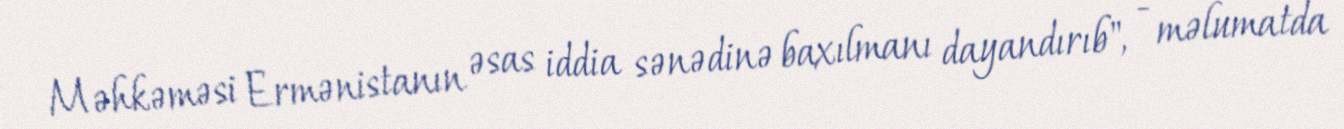
Məhkəməsi Ermənistanın əsas iddia sənədinə baxılmanı dayandırıb", - məlumatda